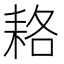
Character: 𦓱